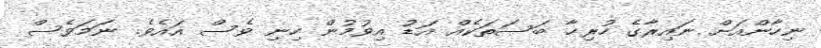
ނިހާންއަށް ނައިރާގެ ހުރިހާ ބަސަތަކެއް އަޑު އިވުމުން ހިނި ވެސް އައެވެ. ނަމަވެސް